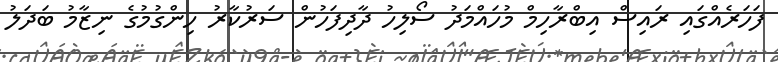
ފަހަރެއްގައި ރައިސް އިބްރާހިމް މުހައްމަދު ސޯލިހު ދާދިފަހުން ސަރުކާރު ހިންގުމުގެ ނިޒާމު ބަދަލު